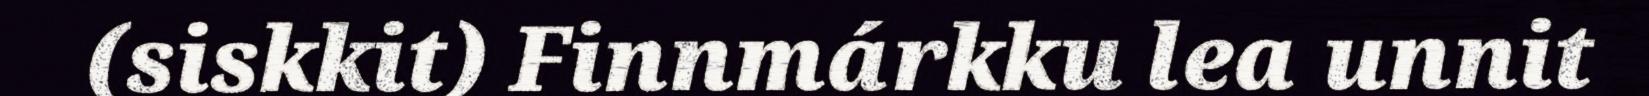
(siskkit) Finnmárkku lea unnit